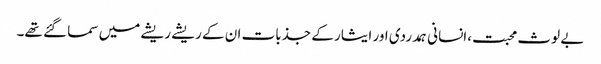
بے لوث محبت،انسانی ہمدردی اور ایثار کے جذبات ان کے ریشے ریشے میں سما گئے تھے۔